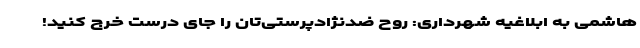
هاشمی به ابلاغیه شهرداری: روح ضدنژادپرستی‌تان را جای درست خرج کنید!